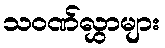
သဝဏ်လွှာများ